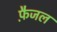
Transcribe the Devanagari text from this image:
फ़ैजल